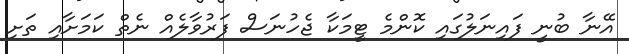
އޭނާ ބުނީ ފައިނަލުގައި ކޮންމެ ޓީމަކާ ޖެހުނަސް ފަރުވާލެއް ނެތް ކަމަށާއި ތަށި